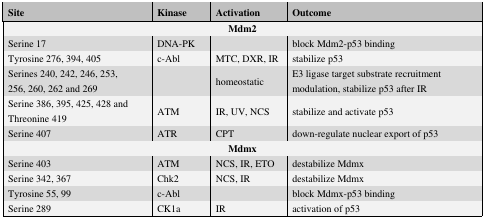
<table><thead><tr><td><b>Site</b></td><td><b>Kinase</b></td><td><b>Activation</b></td><td><b>Outcome</b></td></tr></thead><tbody><tr><td colspan="4"><b>Mdm2</b></td></tr><tr><td>Serine 17</td><td>DNA-PK</td><td></td><td>block Mdm2-p53 binding</td></tr><tr><td>Tyrosine 276, 394, 405</td><td>c-Abl</td><td>MTC, DXR, IR</td><td>stabilize p53</td></tr><tr><td>Serines 240, 242, 246, 253, 256, 260, 262 and 269</td><td></td><td>homeostatic</td><td>E3 ligase target substrate recruitment modulation, stabilize p53 after IR</td></tr><tr><td>Serine 386, 395, 425, 428 and Threonine 419</td><td>ATM</td><td>IR, UV, NCS</td><td>stabilize and activate p53</td></tr><tr><td>Serine 407</td><td>ATR</td><td>CPT</td><td>down-regulate nuclear export of p53</td></tr><tr><td colspan="4"><b>Mdmx</b></td></tr><tr><td>Serine 403</td><td>ATM</td><td>NCS, IR, ETO</td><td>destabilize Mdmx</td></tr><tr><td>Serine 342, 367</td><td>Chk2</td><td>NCS, IR</td><td>destabilize Mdmx</td></tr><tr><td>Tyrosine 55, 99</td><td>c-Abl</td><td></td><td>block Mdmx-p53 binding</td></tr><tr><td>Serine 289</td><td>CK1a</td><td>IR</td><td>activation of p53</td></tr></tbody></table>